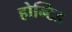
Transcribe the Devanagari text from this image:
होन्टिड